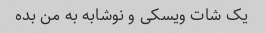
یک شات ویسکی و نوشابه به من بده